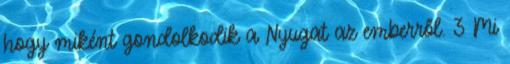
hogy miként gondolkodik a Nyugat az emberről. 3 Mi